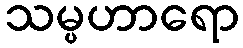
သမ္ပဟာရော